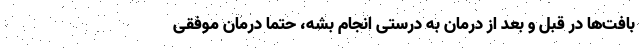
بافت‌ها در قبل و بعد از درمان به درستی انجام بشه، حتما درمان موفقی